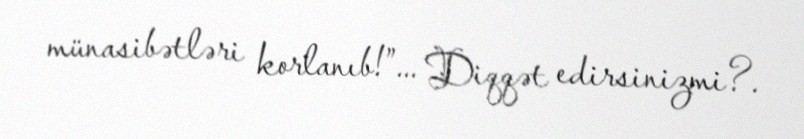
münasibətləri korlanıb!”... Diqqət edirsinizmi?.